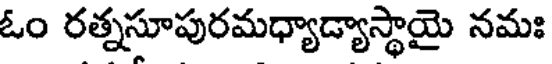
ఓం రత్నసూపురమధ్యాడ్యాస్థాయై నమః